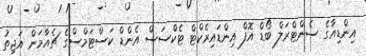
އިންޑިއާގެ ސެންޓްރަލް ބޯޑް އޮފް އިންޑައިރެކްޓް ޓެކްސަސް އެންޑް ކަސްޓަމްސްގެ ޗެއާމަން އަޖިތު